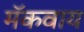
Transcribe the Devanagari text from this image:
मॅकवाय